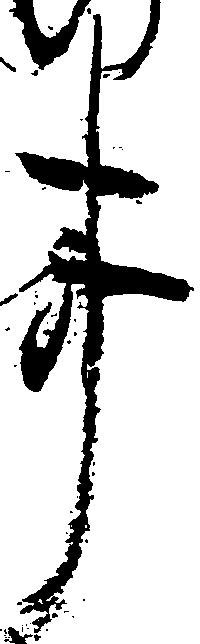
事